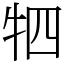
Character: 牭